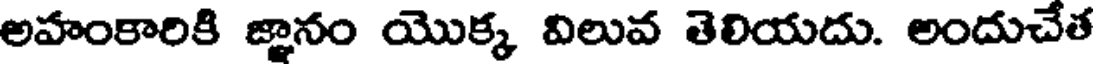
అహంకారికి జ్ఞానం యొక్క విలువ తెలియదు. అందుచేత